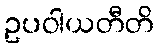
ဥပဝါယတီတိ